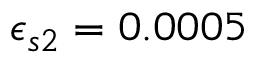
\epsilon _ { s 2 } = 0 . 0 0 0 5